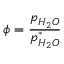
\phi = { \frac { p _ { H _ { 2 } O } } { p _ { H _ { 2 } O } ^ { * } } }